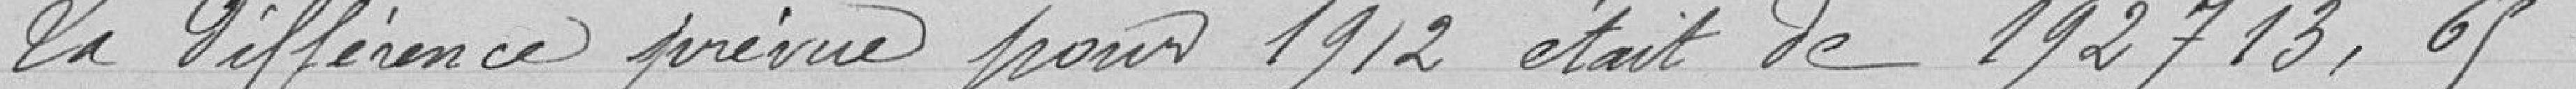
La différence prévue pour 1912 était de 192713,65